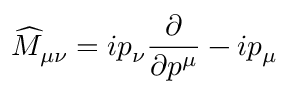
\widehat { M } _ { \mu \nu } = i p _ { \nu } \frac { \partial } { \partial p ^ { \mu } } - i p _ { \mu }